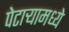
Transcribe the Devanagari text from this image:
पेटाऱ्यामध्ये